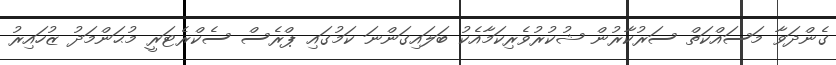
ގެންދަވާ މަސައްކަތް ސަރުކާރުން ޝުކުރުވެރިކަމާއެކު ބަލައިގަންނަ ކަމުގައި ޕްރެސް ސެކްރެޓަރީ މުޙަންމަދު ޒުހައިރު